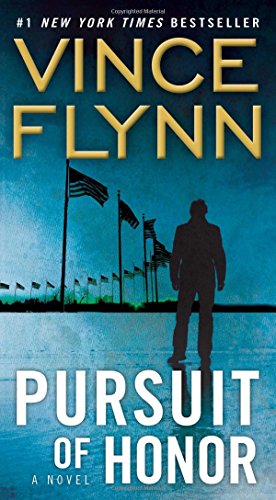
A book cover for Pursuit of Honor; Vince Flynn; Mystery, Thriller & Suspense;